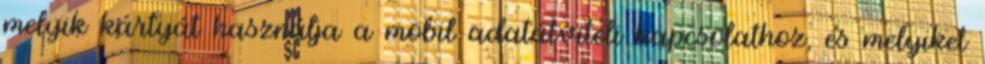
melyik kártyát használja a mobil adatátviteli kapcsolathoz, és melyiket